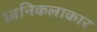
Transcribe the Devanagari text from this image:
ध्वनिकलाकार